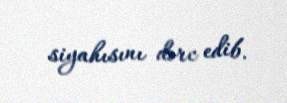
siyahısını dərc edib.